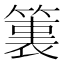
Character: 𮅶